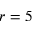
r = 5